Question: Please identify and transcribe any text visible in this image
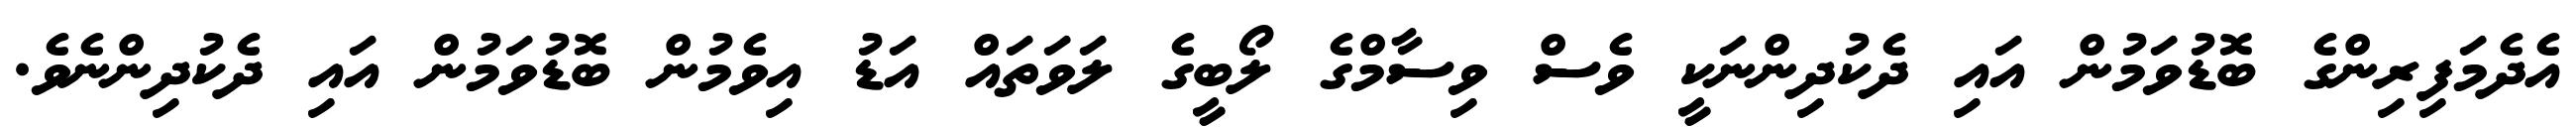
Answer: އެދެމަފިރިންގެ ބޮޑުވަމުން އައި ދެކުދިންނަކީ ވެސް ވިސާމްގެ ލޯބީގެ ލަވަތައް އަޑު އިވެމުން ބޮޑުވަމުން އައި ދެކުދިންނެވެ.